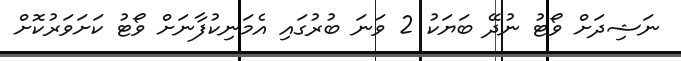
ނަޝިދަށް ވޯޓު ނުދޭ ބަޔަކު 2 ވަނަ ބުރުގައި އެމަނިކުފާނަށް ވޯޓު ކަށަވަރުކޮށް